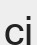
сі